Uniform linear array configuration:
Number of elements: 24
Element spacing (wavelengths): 0.5
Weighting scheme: cosine
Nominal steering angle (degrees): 45
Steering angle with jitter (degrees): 44.949
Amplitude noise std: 0.05
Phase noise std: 0.05

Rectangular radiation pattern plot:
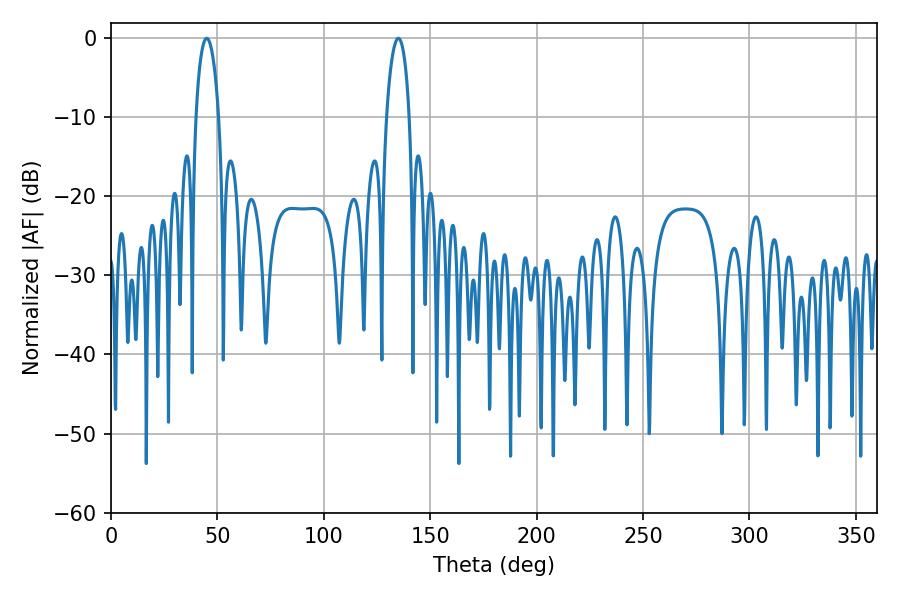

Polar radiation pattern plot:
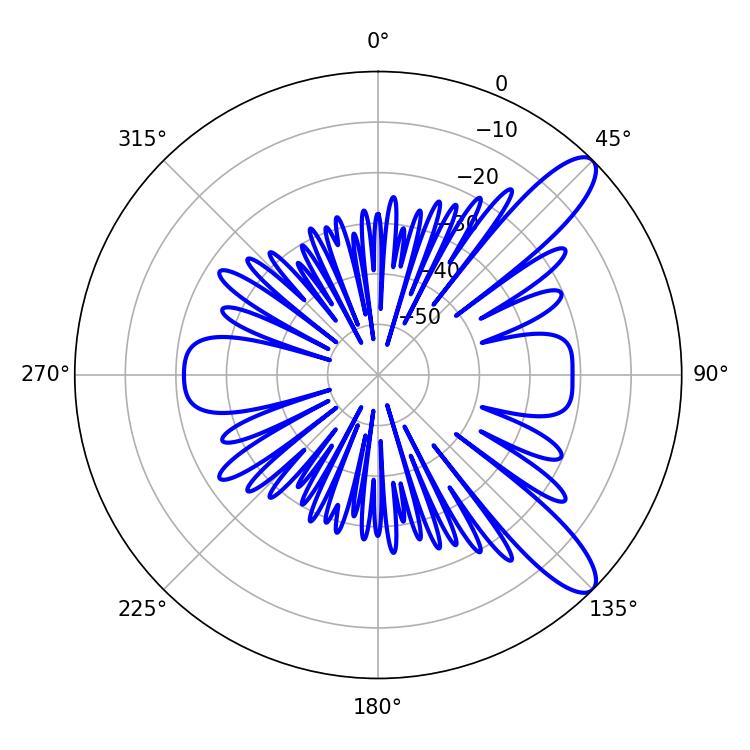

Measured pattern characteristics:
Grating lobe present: FALSE
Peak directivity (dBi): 10.82
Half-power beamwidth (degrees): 6.12
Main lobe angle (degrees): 135